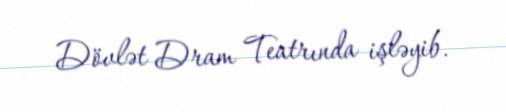
Dövlət Dram Teatrında işləyib.